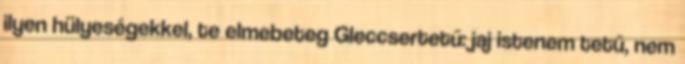
ilyen hülyeségekkel, te elmebeteg Gleccsertetű: jaj istenem tetű, nem